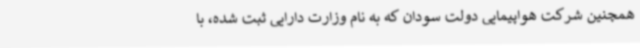
همچنین شرکت هواپیمایی دولت سودان که به نام وزارت دارایی ثبت شده، با